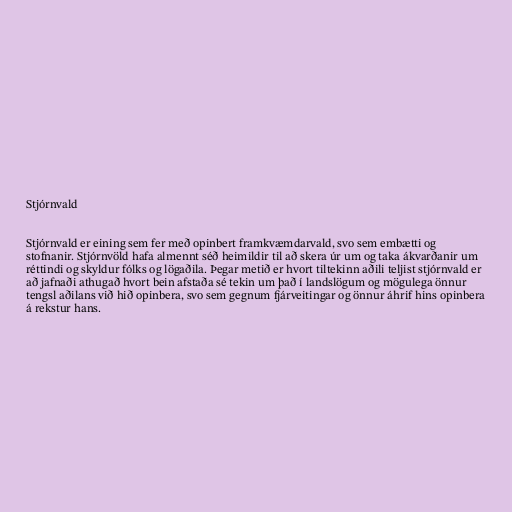
Stjórnvald

Stjórnvald er eining sem fer með opinbert framkvæmdarvald, svo sem embætti og
stofnanir. Stjórnvöld hafa almennt séð heimildir til að skera úr um og taka ákvarðanir um
réttindi og skyldur fólks og lögaðila. Þegar metið er hvort tiltekinn aðili teljist stjórnvald er
að jafnaði athugað hvort bein afstaða sé tekin um það í landslögum og mögulega önnur
tengsl aðilans við hið opinbera, svo sem gegnum fjárveitingar og önnur áhrif hins opinbera
á rekstur hans.